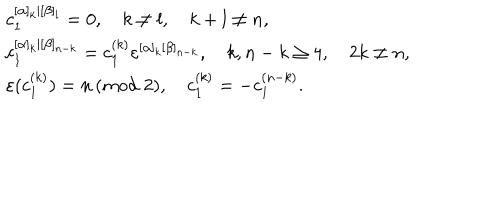
\begin{array} { l } { { c _ { 1 } ^ { [ \alpha ] _ { k } | [ \beta ] _ { l } } = 0 , \quad k \neq l , \quad k + l \neq n , } } \\ { { c _ { 1 } ^ { [ \alpha ] _ { k } | [ \beta ] _ { n - k } } = c _ { 1 } ^ { ( k ) } \varepsilon ^ { [ \alpha ] _ { k } [ \beta ] _ { n - k } } , \quad k , n - k \ge 4 , \quad 2 k \neq n , } } \\ { { \varepsilon ( c _ { 1 } ^ { ( k ) } ) = n \, ( m o d \, \, 2 ) , \quad c _ { 1 } ^ { ( k ) } = - c _ { 1 } ^ { ( n - k ) } . } } \\ \end{array}